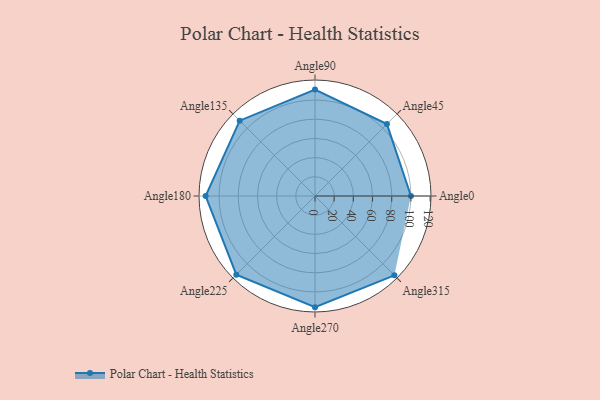
{"axis": {"x": "Angle", "y": "Radius"}, "legend": [""], "data": [{"x": "Angle0", "y": 100.0, "type": ""}, {"x": "Angle45", "y": 106.0, "type": ""}, {"x": "Angle90", "y": 111.0, "type": ""}, {"x": "Angle135", "y": 111.0, "type": ""}, {"x": "Angle180", "y": 114.0, "type": ""}, {"x": "Angle225", "y": 116.0, "type": ""}, {"x": "Angle270", "y": 116.0, "type": ""}, {"x": "Angle315", "y": 117.0, "type": ""}]}